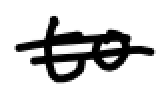
Text: to
Cross-out: double-line
Writing tool: digital_black